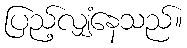
ပြည့်လျှံနေသည်။